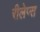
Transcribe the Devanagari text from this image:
रीलेप्स